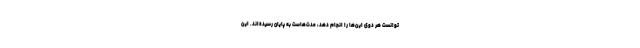
توانست هر دوی این‌ها را انجام دهد، مدت‌هاست به پایان رسیده‌اند. این